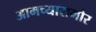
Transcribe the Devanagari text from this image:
आमच्यासमोर